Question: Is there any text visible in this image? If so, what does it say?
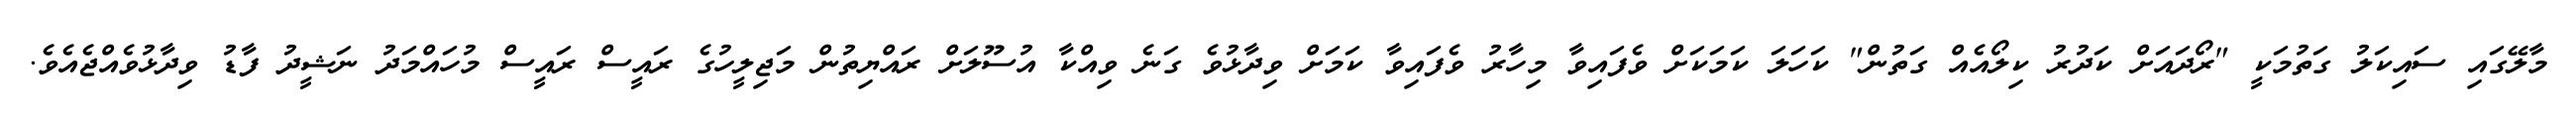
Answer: މާލޭގައި ސައިކަލު ގަތުމަކީ "ރޯދައަށް ކަދުރު ކިލޯއެއް ގަތުން" ކަހަލަ ކަމަކަށް ވެފައިވާ މިހާރު ވެފައިވާ ކަމަށް ވިދާޅުވެ ގަނެ ވިއްކާ އުސޫލަށް ރައްޔިތުން މަޖިލީހުގެ ރައީސް ރައީސް މުހައްމަދު ނަޝީދު ފާޑު ވިދާޅުވެއްޖެއެވެ.